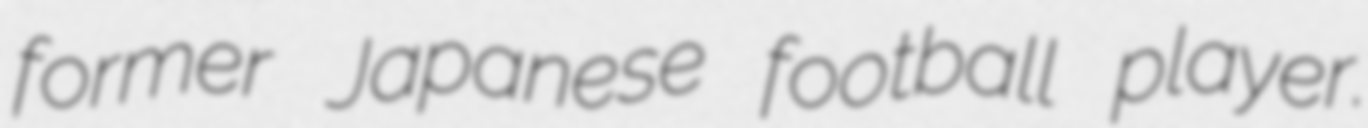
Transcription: former Japanese football player.